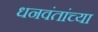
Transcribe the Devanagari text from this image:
धनवंतांच्या